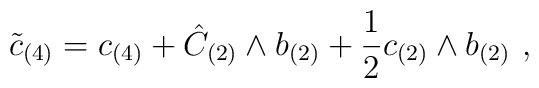
\tilde c_{(4)} = c_{(4)} + \hat C_{(2)} \wedge b_{(2)}+ \frac{1}{2} c_{(2)} \wedge b_{(2)}\ ,